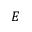
E